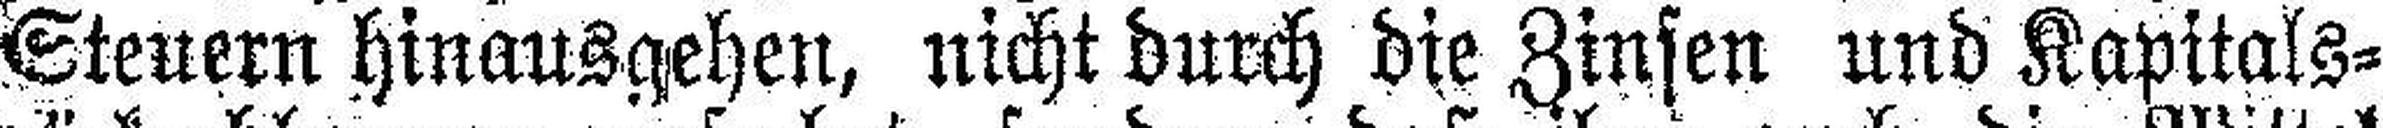
Steuern hinausgehen, nicht durch die Zinsen und Kapitals¬